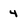
Character: 4